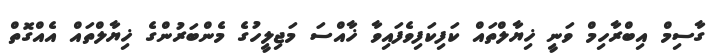
ގާސިމް އިބްރާހިމް ވަނީ ޚިޔާލްތައް ކަފިކަފިވެފައިވާ ޚާއްސަ މަޖިލީހުގެ މެންބަރުންގެ ޚިޔާލްތައް އެއްގޮތް